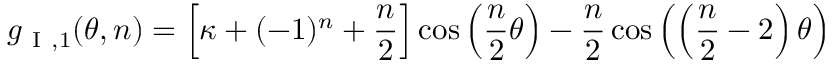
g _ { \mathrm { ~ I ~ } , 1 } ( \theta , n ) = \left[ \kappa + ( - 1 ) ^ { n } + \frac { n } { 2 } \right] \cos \left( \frac { n } { 2 } \theta \right) - \frac { n } { 2 } \cos \left( \left( \frac { n } { 2 } - 2 \right) \theta \right)